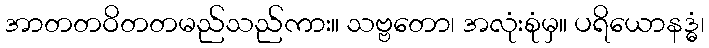
အာတတဝိတတမည်သည်ကား။ သဗ္ဗတော၊ အလုံးစုံမှ။ ပရိယောနဒ္ဓံ၊